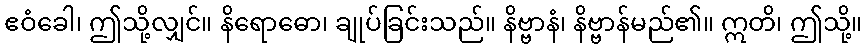
ဧဝံခေါ၊ ဤသို့လျှင်။ နိရောဓော၊ ချုပ်ခြင်းသည်။ နိဗ္ဗာနံ၊ နိဗ္ဗာန်မည်၏။ ဣတိ၊ ဤသို့။